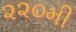
૨૨૦મી